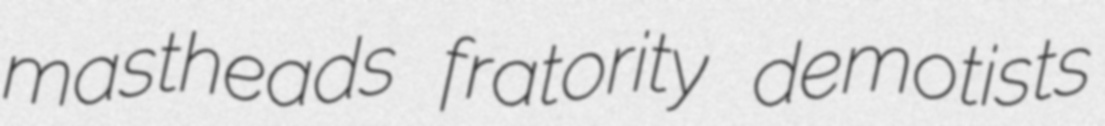
mastheads fratority demotists